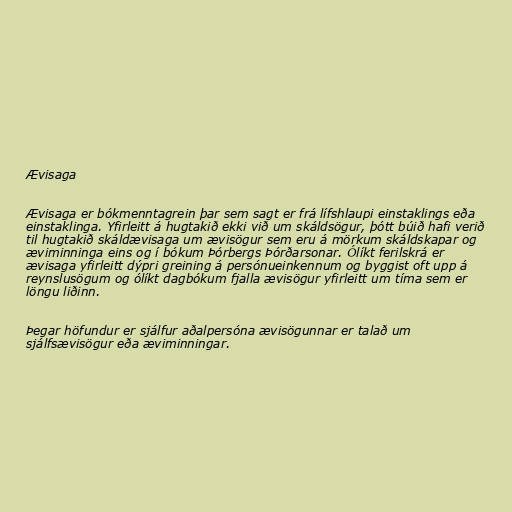
Ævisaga

Ævisaga er bókmenntagrein þar sem sagt er frá lífshlaupi einstaklings eða
einstaklinga. Yfirleitt á hugtakið ekki við um skáldsögur, þótt búið hafi verið
til hugtakið skáldævisaga um ævisögur sem eru á mörkum skáldskapar og
æviminninga eins og í bókum Þórbergs Þórðarsonar. Ólíkt ferilskrá er
ævisaga yfirleitt dýpri greining á persónueinkennum og byggist oft upp á
reynslusögum og ólíkt dagbókum fjalla ævisögur yfirleitt um tíma sem er
löngu liðinn.

Þegar höfundur er sjálfur aðalpersóna ævisögunnar er talað um
sjálfsævisögur eða æviminningar.